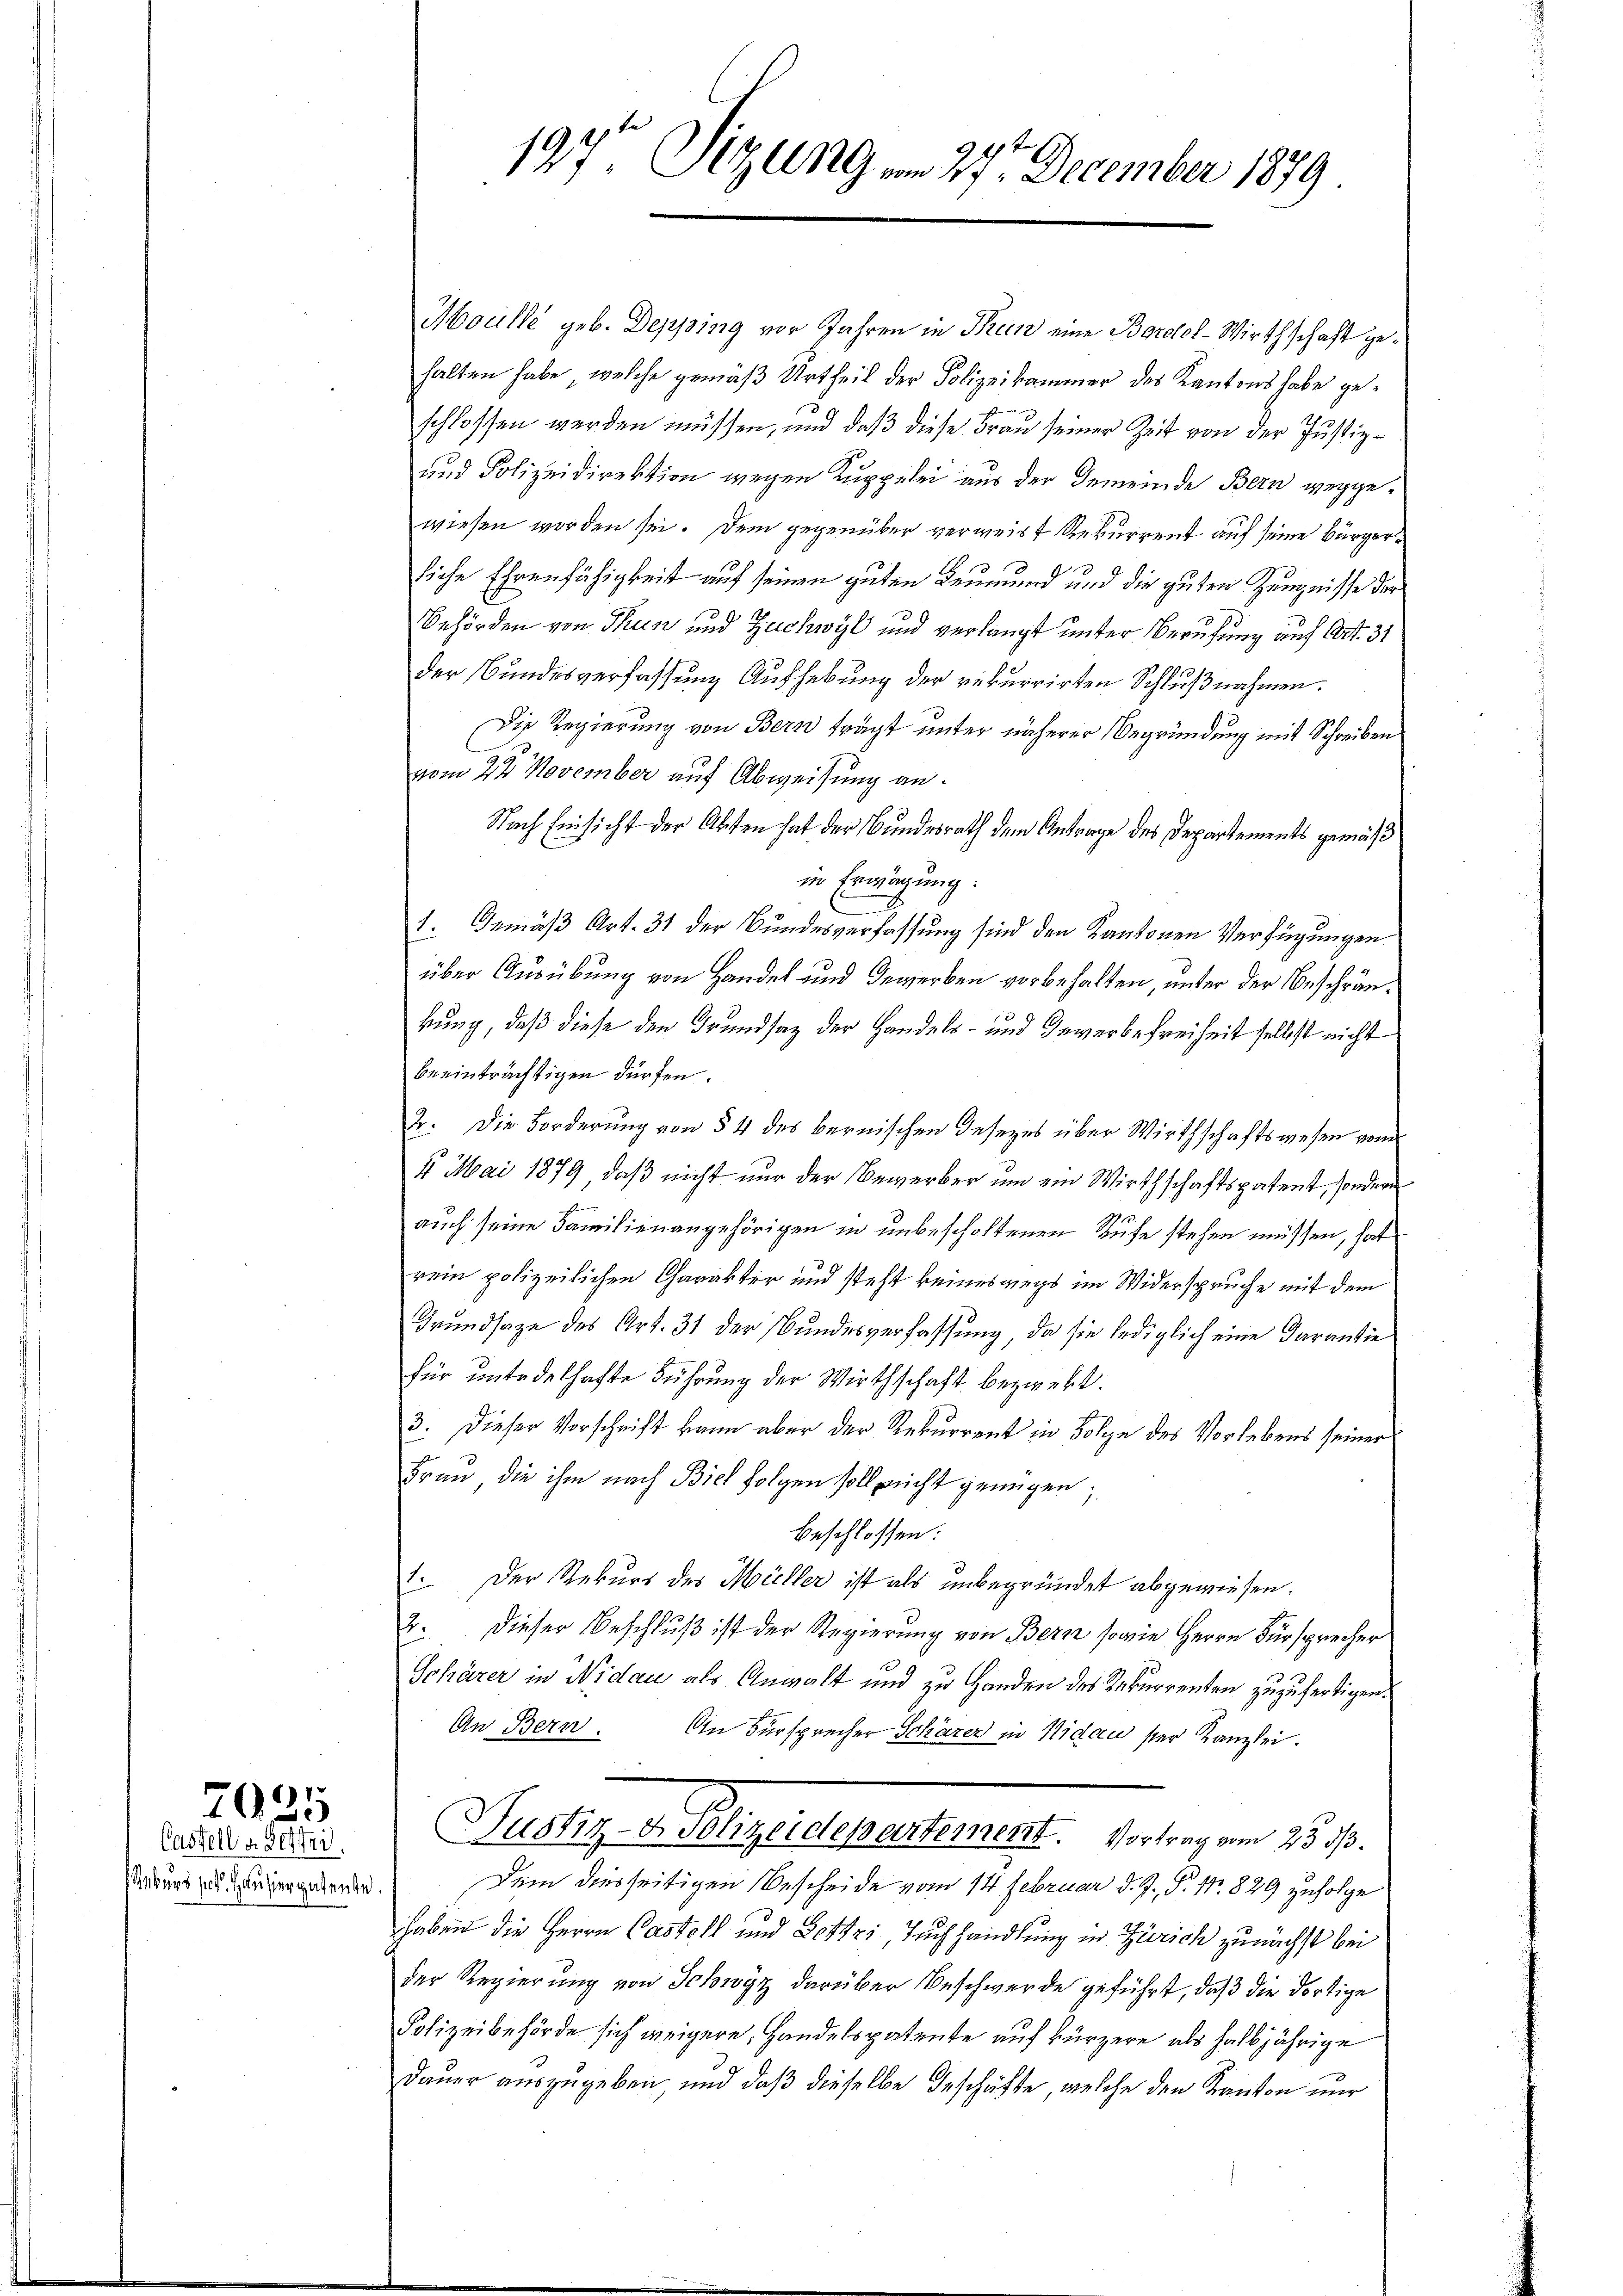
Castell a. Betri
Rekurs per. Hausierpatente

7025

197ten Sizung am 27. December 1879

Mouille geb. Depping vor Jahren in Thun eine Bordol-Wirthschaft gehalten habe, welche gemäß Urtheil der Polizeikammer des Kantons habe geschlossen werden müssen, und daß diese Frau seiner Zeit von der Justiz¬
und Polizeidirektion wegen Kuppelei aus der Gemeinde Bern weggewiesen worden sei. Dem gegenüber verweist Rekurrent auf seine Bürgerliche Ehrenfähigkeit auf seinen guten Leumund und die guten Zeugnisse der
Behörden von Thun und Zuchwyl und verlangt unter Berufung auf Art. 31
der Bundesverfassung Aufhebung der rekurrirten Schlußnahmen.
Die Regierung von Bern frägt unter näherer Begründung mit Schreiben
vom 22 November auf Abweisung an.
Nach Einsicht der Absten hat der Bundesrath dem Antrage des Departements gemäß
in Erwägung
1. Gemäß Art. 31 der Bundesverfassung sind den Kantonen Verfügungen
über Ausübung von Handel und Gewerben vorbehalten, unter der Beschränkung, daß diese den Grundsaz der Handels- und Gewerbefreiheit selbst nicht
beeinträchtigen dürfen.
2. Die Forderung von § 4 des bernischen Gesezes über Wirthschaftswesen vom
4 Mai 1879, daß nicht nur der Bewerber um ein Wirthschaftspatent, sondern
u
auch seine Familienangehörigen in unbescholtenen Rufe stehen müssen, hat
rein polizeilichen Charakter und steht keineswegs im Widerspruche mit dem
Grundsaze des Art. 31 der Bundesverfassung, da sie lediglich eine Darantie
für untadelhafte Führung der Wirthschaft bezwekt.
3. Dieser Vorschrift kann aber der Rekurrent in Folge des Vorlebens seiner
Frau, die ihm nach Biel folgen soll nicht genügen;
beschlossen:
1. Der Rekurs des Müller ist als unbegründet abgewiesen.
2. Dieser Beschluß ist der Regierung von Bern sowie Herrn Fürsprecher
Schärer in Nidau als Anwalt und zu Handen des Rekurrenten zuzufertigen.
An Bern.
An Fürsprecher Schärer in Nidau ser Kanzlei.
Pudlig Belligendepartement. Antrag von 25 J.
Dem diesseitigen Bescheide vom 14. Februar d. J. P. Nr. 829 zufolge
haben die Herrn Castell und Bettzi, Tuchhandlung in Zürich zunächst bei
der Regierung von Schwyz darüber Beschwerde geführt, daß die dortige
Polizeibehörde sich weigere, Handelspatente auf kürzere als halbjährige
Dauer auszugeben, und daß dieselbe Geschäfte, welche den Kanton nur